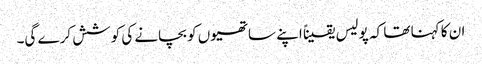
ان کا کہنا تھا کہ پولیس یقیناً اپنے ساتھیوں کو بچانے کی کوشش کرے گی۔